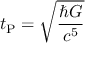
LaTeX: t _ { \mathrm { P } } = { \sqrt { \frac { \hbar G } { c ^ { 5 } } } }